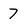
Character: 7